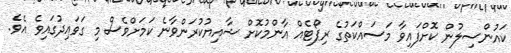
ކައުންސިލުުން ކޮށްފައިވާ މަސައްކަތުގެ ރިޕޯޓެއް އާންމުކޮށް ޝާއިޔުކުރަންވާނެ ކަމަށްވެސް މި ގަވައިދުގައިވެ އެވެ.